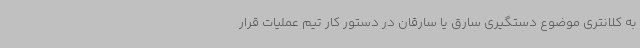
به کلانتری موضوع دستگیری سارق یا سارقان در دستور کار تیم عملیات قرار